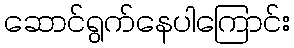
ဆောင်ရွက်နေပါကြောင်း